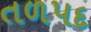
તળપદ